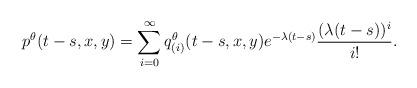
LaTeX: \begin{align*}p^{\theta}(t-s,x,y)=\sum_{i=0}^{\infty}q_{(i)}^{\theta}(t-s,x,y)e^{-\lambda(t-s)}\frac{(\lambda(t-s))^i}{i!}.\end{align*}